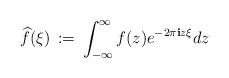
LaTeX: \begin{align*}\widehat f(\xi) \,:=\, \int_{-\infty}^{\infty} f(z) e^{-2\pi {\mathbf i} z\xi} dz\end{align*}